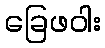
ခြေဖဝါး